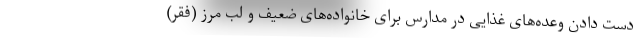
دست دادن وعده‌های غذایی در مدارس برای خانواده‌های ضعیف و لب مرز (فقر)